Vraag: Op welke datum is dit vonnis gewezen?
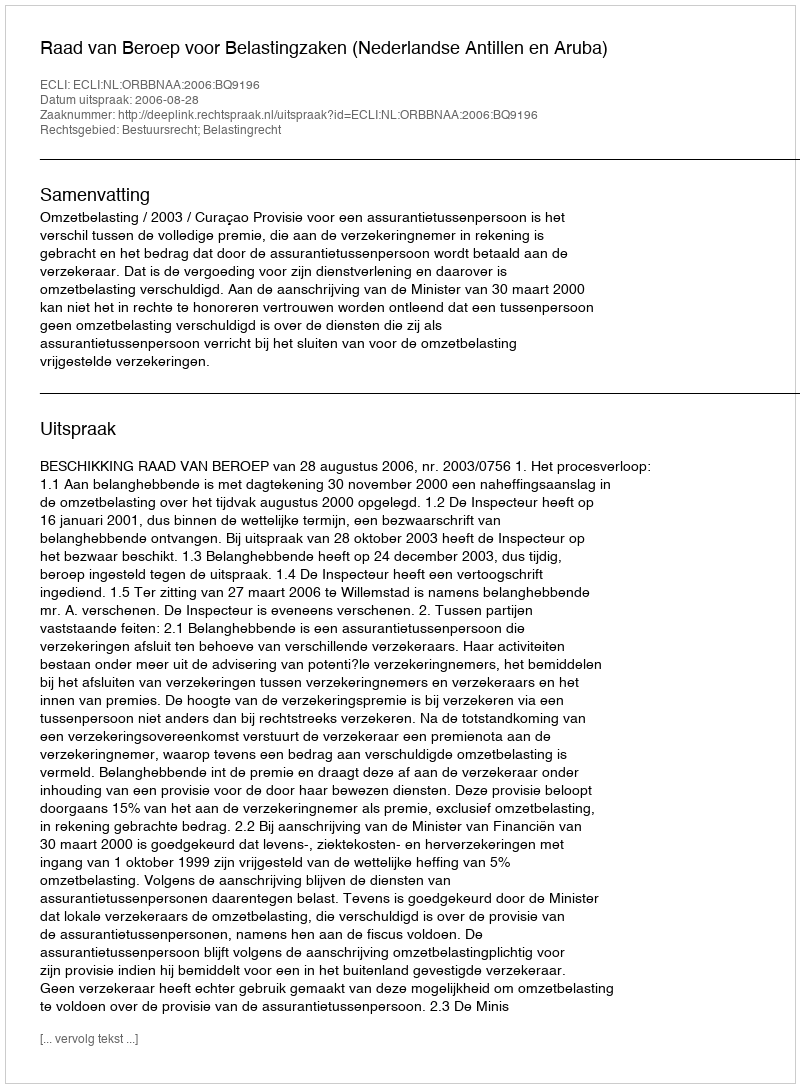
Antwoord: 2006-08-28